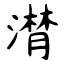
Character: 潸